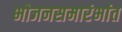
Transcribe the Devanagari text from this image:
भोजनसमारंभांत